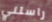
راسلني